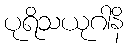
ပုရိသယုဂါနိ